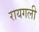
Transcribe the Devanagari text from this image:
रायगली